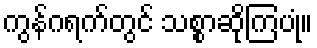
ကွန်ဂရက်တွင် သစ္စာဆိုကြပုံ။